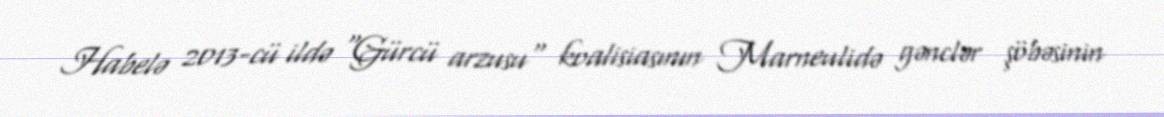
Habelə 2013-cü ildə "Gürcü arzusu" koalisiasının Marneulidə gənclər şöbəsinin